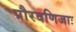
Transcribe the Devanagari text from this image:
पौरवणिजाः